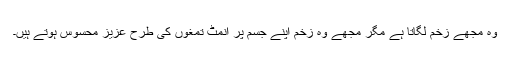
وہ مجھے زخم لگاتا ہے مگر مجھے وہ زخم اپنے جسم پر اَنمٹ تمغوں کی طرح عزیز محسوس ہوتے ہیں۔